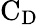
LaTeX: \mathrm{C_{D}}